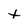
Character: t